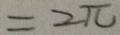
= 2 \pi